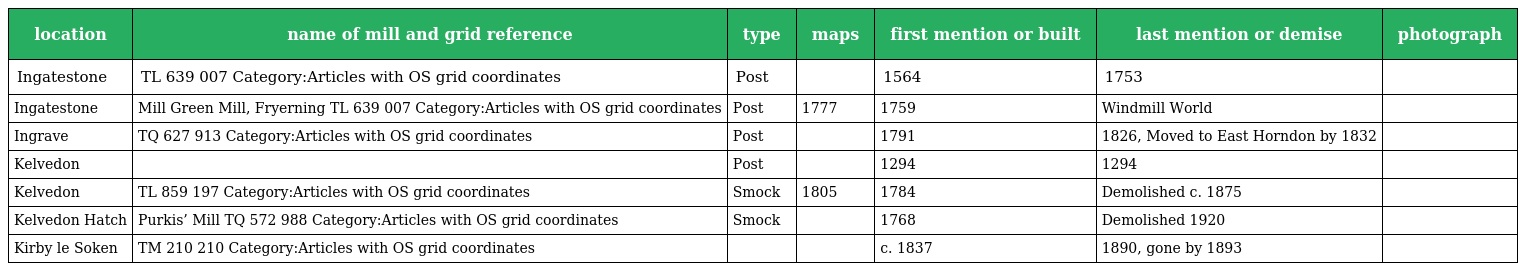
| location | name of mill and grid reference | type | maps | first mention or built | last mention or demise | photograph |
 | --- | --- | --- | --- | --- | --- | --- |
 | Ingatestone | TL 639 007 Category:Articles with OS grid coordinates | Post |  | 1564 | 1753 |  |
 | Ingatestone | Mill Green Mill, Fryerning TL 639 007 Category:Articles with OS grid coordinates | Post | 1777 | 1759 | Windmill World |  |
 | Ingrave | TQ 627 913 Category:Articles with OS grid coordinates | Post |  | 1791 | 1826, Moved to East Horndon by 1832 |  |
 | Kelvedon |  | Post |  | 1294 | 1294 |  |
 | Kelvedon | TL 859 197 Category:Articles with OS grid coordinates | Smock | 1805 | 1784 | Demolished c. 1875 |  |
 | Kelvedon Hatch | Purkis’ Mill TQ 572 988 Category:Articles with OS grid coordinates | Smock |  | 1768 | Demolished 1920 |  |
 | Kirby le Soken | TM 210 210 Category:Articles with OS grid coordinates |  |  | c. 1837 | 1890, gone by 1893 |  |